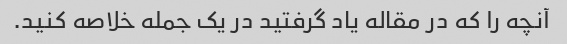
آنچه را که در مقاله یاد گرفتید در یک جمله خلاصه کنید.